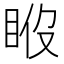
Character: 𥆉